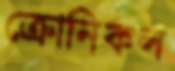
ক্রোনিকল